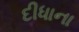
દીધાના